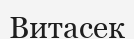
Витасек